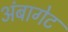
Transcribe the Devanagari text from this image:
अंबागेट